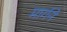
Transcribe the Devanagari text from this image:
मार्गने